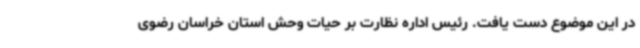
در این موضوع دست یافت. رئیس اداره نظارت بر حیات وحش استان خراسان رضوی